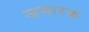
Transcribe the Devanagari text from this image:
जमारक